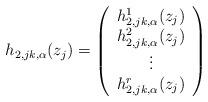
LaTeX: \begin{align*}h_{2, jk, \alpha}(z_j)=\left( \begin{array}{c} h_{2, jk, \alpha}^1(z_j) \\ h_{2, jk, \alpha}^2(z_j) \\\vdots \\h_{2, jk, \alpha}^r(z_j) \end{array} \right)\end{align*}